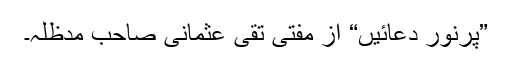
”پرنور دعائیں“ از مفتی تقی عثمانی صاحب مدظلہ۔